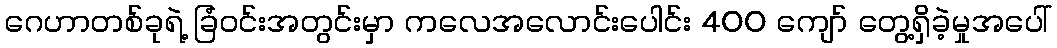
ဂေဟာတစ်ခုရဲ့ ခြံဝင်းအတွင်းမှာ ကလေအလောင်းပေါင်း 400 ကျော် တွေ့ရှိခဲ့မှုအပေါ်